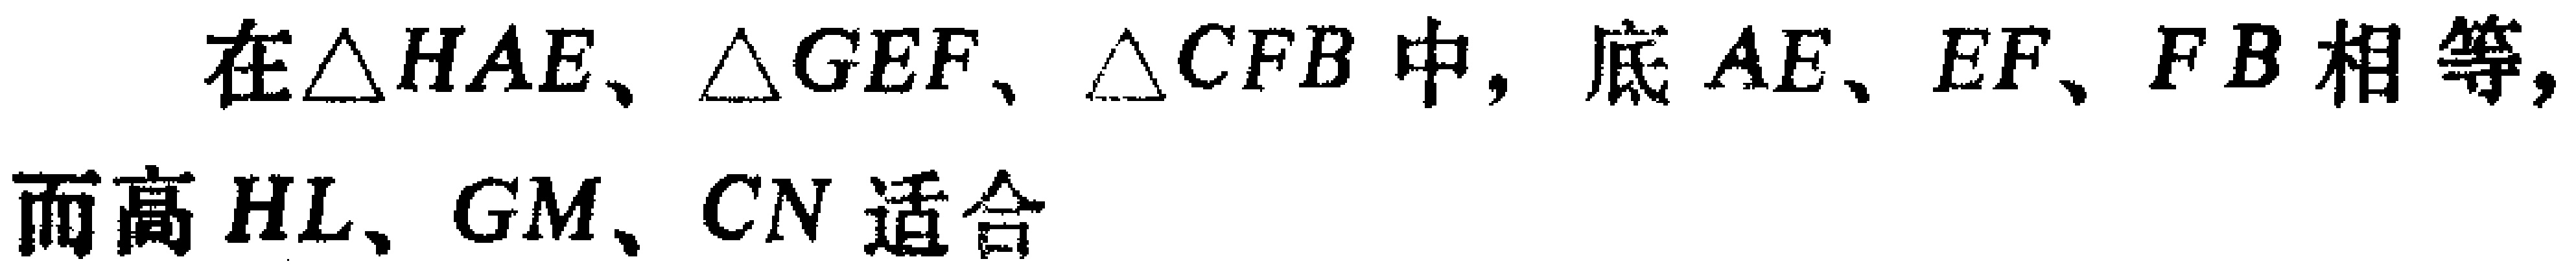
在$\triangle HAE、\triangle GEF、\triangle CFB$中，底$AE、EF、FB$相等，而高$HL、GM、CN$适合